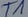
Text: T1